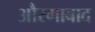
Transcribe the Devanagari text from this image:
औरगाबाद